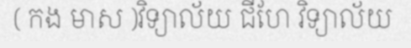
( កង មាស )វិទ្យាល័យ ជីហែ វិទ្យាល័យ